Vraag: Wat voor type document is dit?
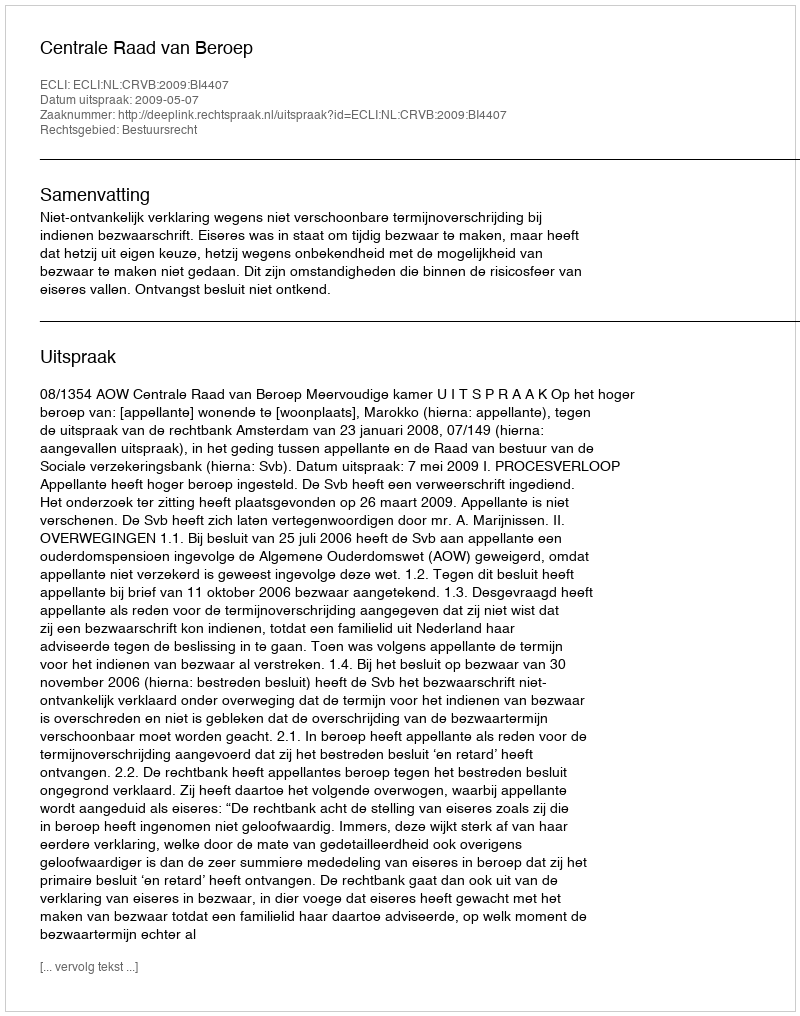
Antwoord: Uitspraak